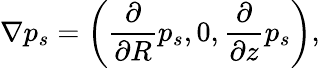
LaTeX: \nabla p_{s}=\left(\frac{\partial}{\partial R}p_{s},0,\frac{\partial}{\partial z}p_{s}\right),